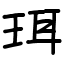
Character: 珥